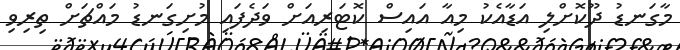
މާގަނޑު ދޫކޮށްލި އަޑާއެކު މިއާ އައިސް ކޮޓަރިއަށް ވަދެފައި މުށިގަނޑު މައްޗަށް ތިރިވި